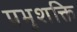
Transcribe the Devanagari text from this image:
प्रभुशक्ति